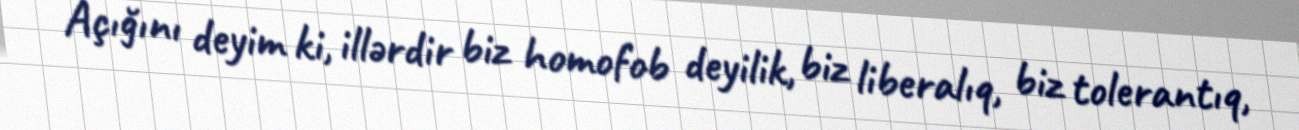
Açığını deyim ki, illərdir biz homofob deyilik, biz liberalıq, biz tolerantıq,